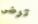
ترضى